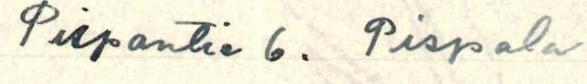
Pispalantie 6. Pispala